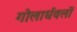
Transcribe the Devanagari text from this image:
गोलार्धवलों